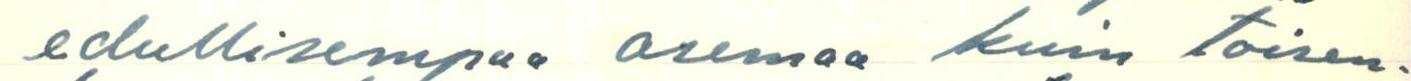
edullisempaa asemaa kuin toisen-